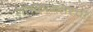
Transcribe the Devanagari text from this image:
शतकानंतरचा